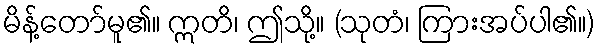
မိန့်တော်မူ၏။ ဣတိ၊ ဤသို့။ (သုတံ၊ ကြားအပ်ပါ၏။)